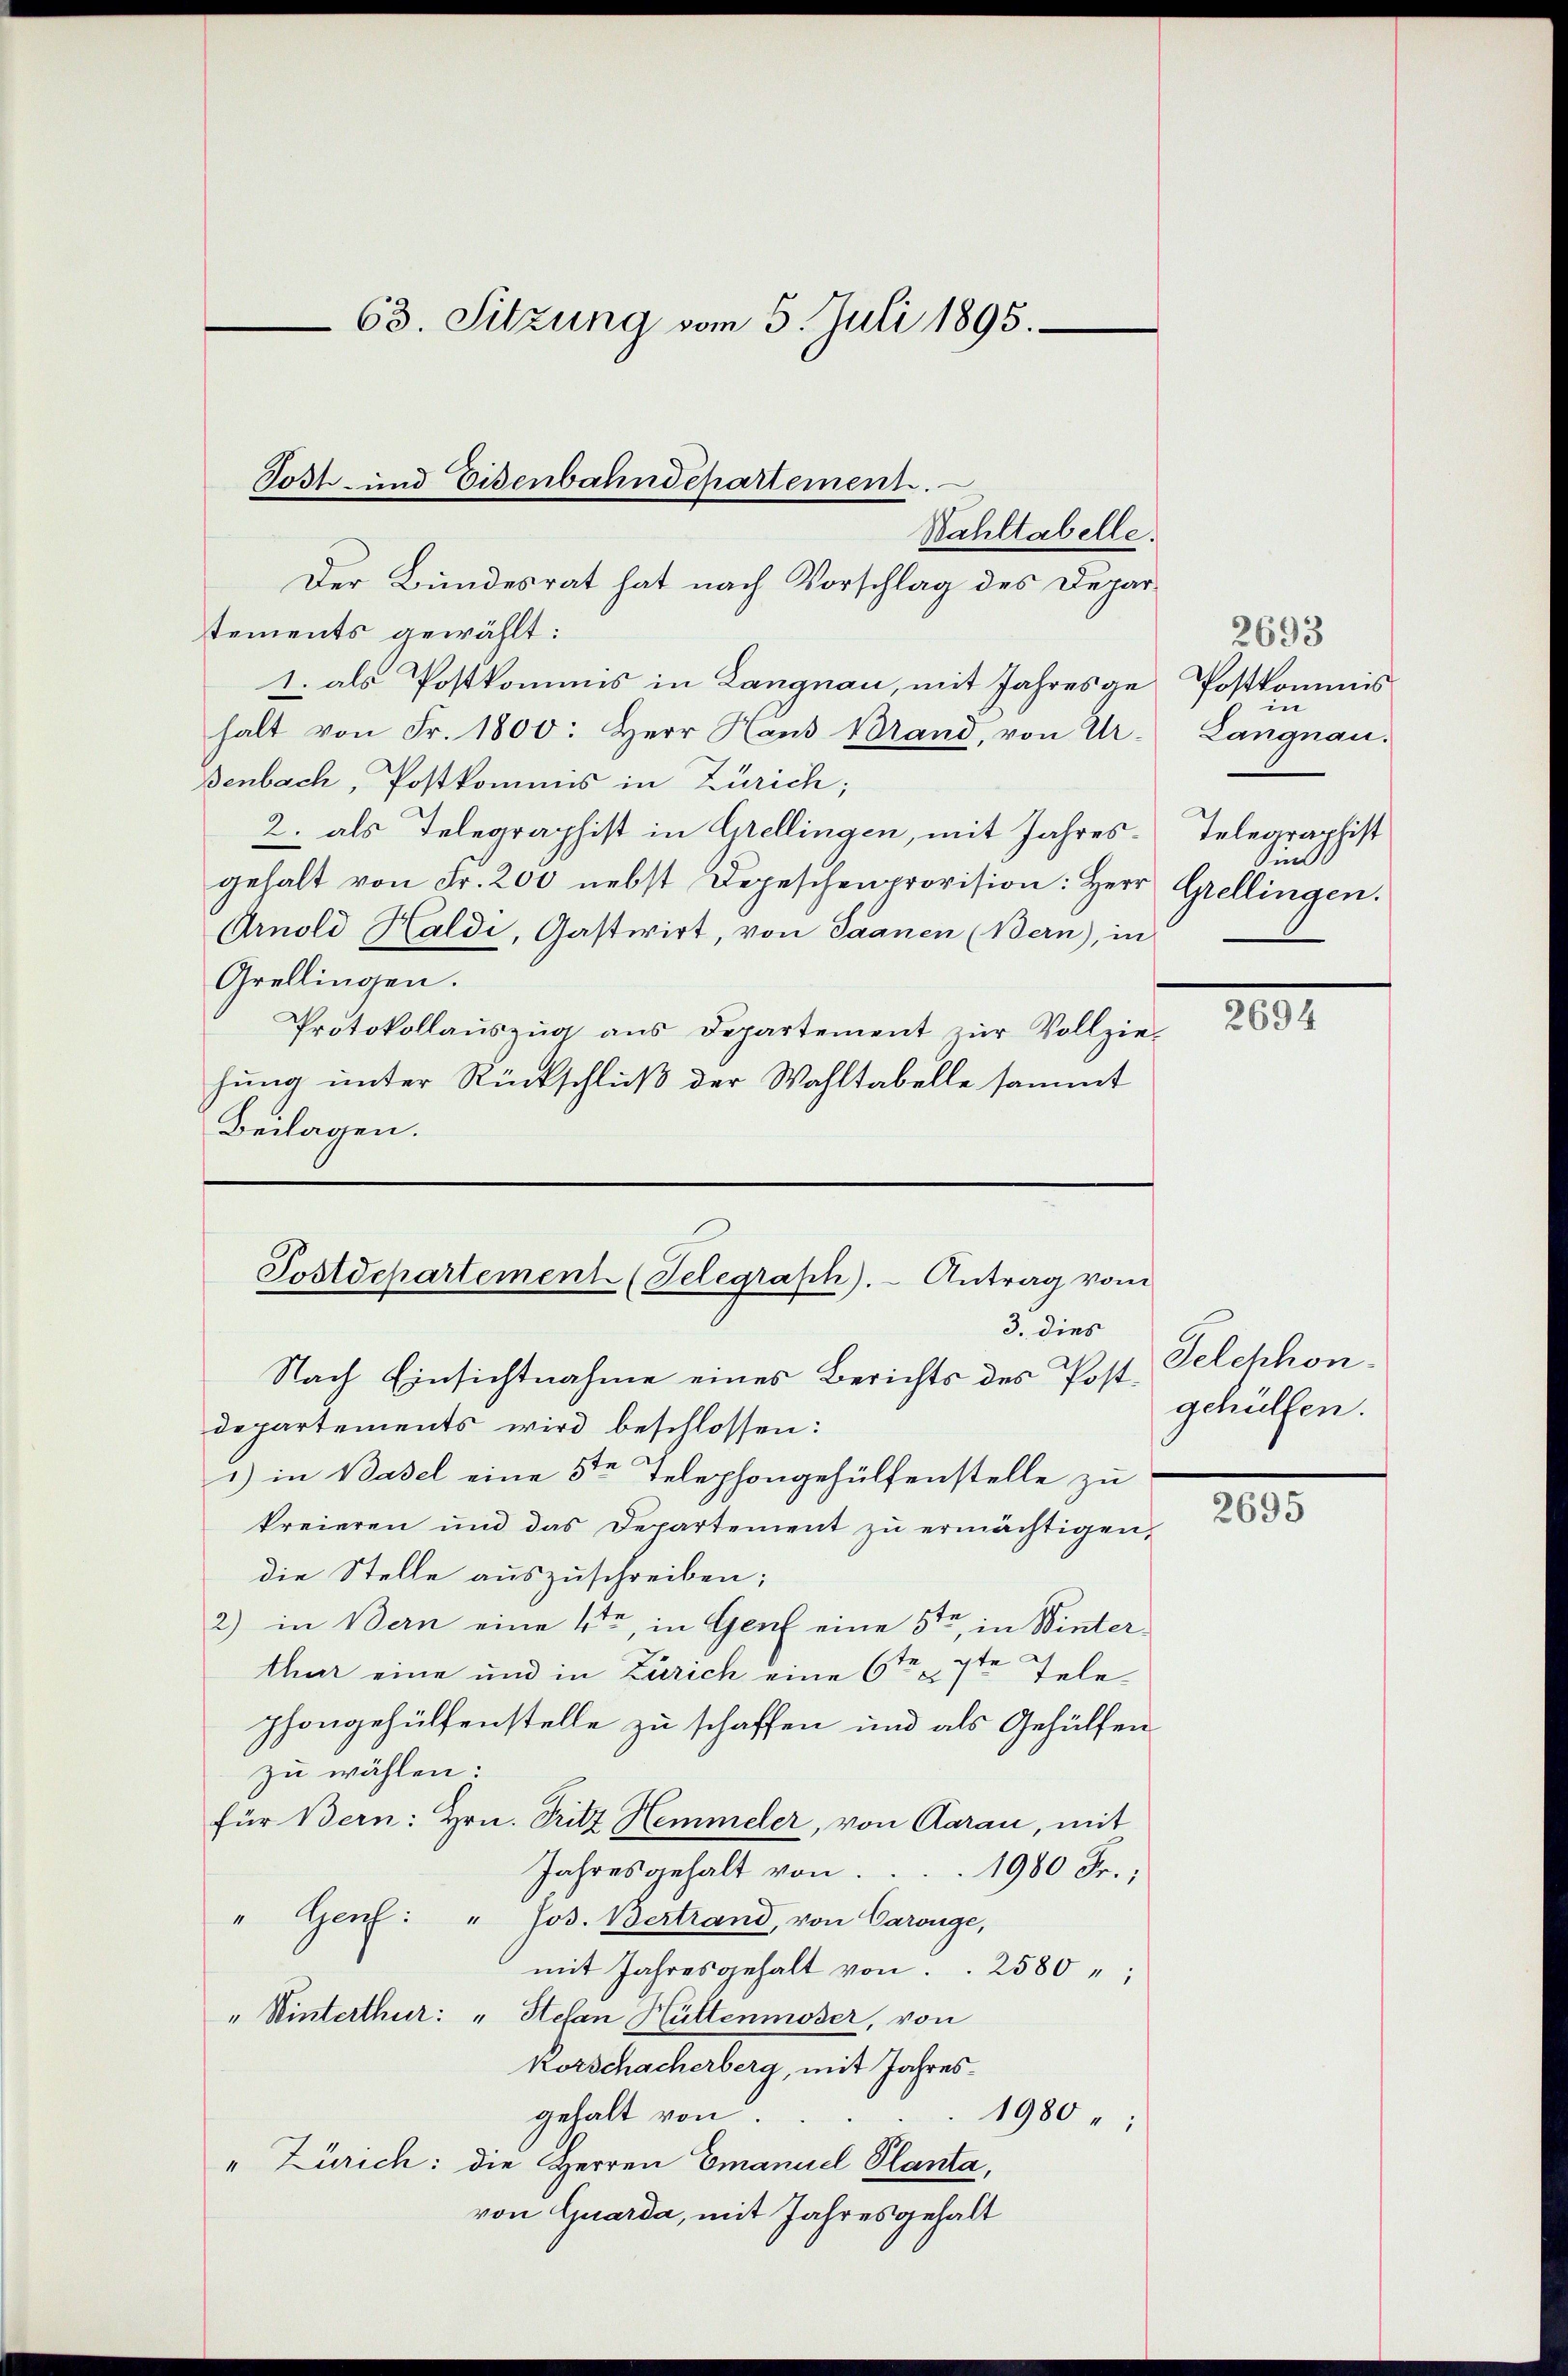
Wahltabelle.
Der Bundesrat hat nach Vorschlag des Depar¬

63. Sitzung vom 5. Juli 1895.
Tost- und Eisenbahndepartement.

tements gewählt:
1. als Postkommis in Langnau, mit Jahresge Postkommis
halt von Fr. 1800: Herr Haus Brand, von Ur-
Benbach, Postkommis in Zürich;
2. als Telegraphist in Grellingen, mit Jahresgehalt von Fr. 200 nebst Depeschenprovision: Herr Grellingen.
Arnold Haldi, Gastwirt, von Saanen (Bern), in
Grellingen.
Protokollaŭszŭg aŭs Departement zŭr Vollzie-
hung unter Rückschluß der Wahltabelle sammt
Beilagen.

Postdepartement (Telegraph). Antrag vom
3. dies

Nach Einsichtnahme eines Berichts des Postdepartements wird beschlossen:
1) in Basel eine 5ten Telephongehülfenstelle zu
kreieren und das Departement zŭ ermächtigen,
die Stelle auszuschreiben;
2) in Bern eine 4ten, in Genf eine 5ten, in Winterthur eine und in Zürich eine 6ten 7ten Telephongehülfenstelle zu schaffen und als Gehülfen
zu wählen:
für Bern: Hrn. Tritz Hemmeler, von Aarau, mit
Jahresgehalt von
1980 Fr.;
" Genf: " Jos. Bertrand, von Caronge,
mit Jahresgehalt von . . 2580;
" Winterthur: " Stefan Hüttenmoser, von
korschacherberg, mit Jahresgehalt von
1980
" Zürich: die Herren Emanuel Planta,
von Guarda, mit Jahresgehalt

2693
e
Langnau.
Telegraphist
Gil

2694

Felchhon.
gehülfen.

2695